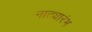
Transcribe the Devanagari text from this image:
नाट्यारंभ